King Institute of Preventive Medicine Micro-Biological Section reports 1912-19
Year: 1912
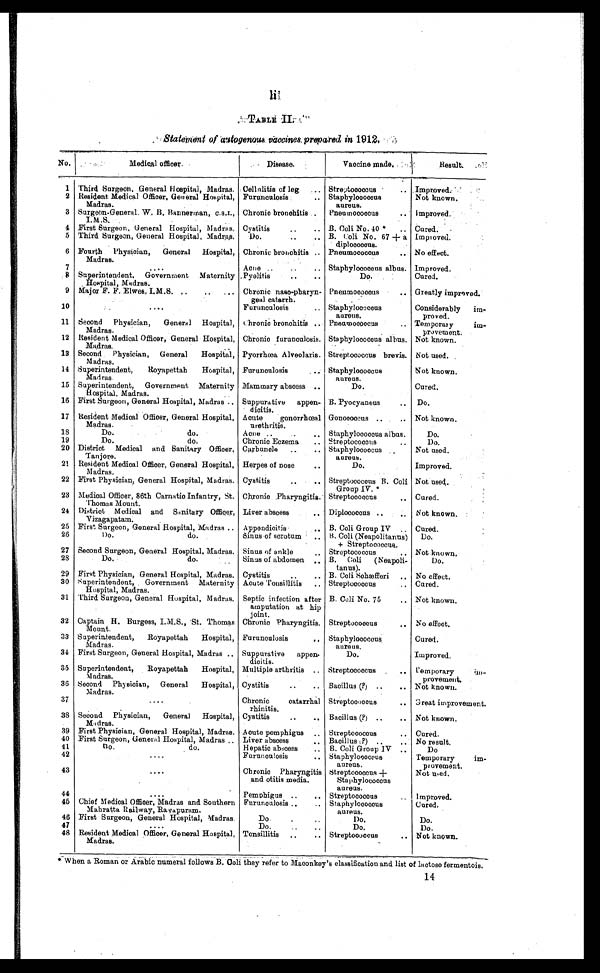
Statement of autogenous vaccines, prepared in 1912.
No.
Medical officer.
Disease.
Vaccine made.
Result.
1 Third Surgeon. General Hospital, Madras. Cellnlitis of leg . . . Streptococcus . . .
Improved.
Staphylococcus
aureus.
Not known.
2 Resident Medical Officer, General Hospital,
Madras.
Furunculosis . . .
Improved.
Pneumococcus . . .
3 Surgeon-General. W. B. Bannerman, C.S.I.,
I. M . S.
Chronic bronchitis . . .
Cystitis . . . B. Coli No. 40 * . . . Cured.
4 First Surgeon, General Hospital, Madras.
B. Coli No. 67 + a
diplococcus.
Improved.
5 Third Surgeon, General Hospital, Madras.
Do. . . .
6 Fourth Physician, General Hospital,
Madras.
Chronic bronchitis . . .
No effect.
Pneumococcus . . .
Improved.
Staphylococcus albus.
7
. . .
Acne . . .
Cured.
8
Pyelitis . . .
Do.
Superintendent. Government Maternity
Hospital, Madras.
Pneumococcus . . .
Greatly improved.
9 Major F. F. Elwes, I.M.S. . . . Chronic naso-pharyn-
geal catarrh.
S t a p h y l o c o c c u s
a u r e u s .
Considerably i m -
proved.
10
. . .
Furunculosis . . .
11 Second Physician, General Hospital,
Madras.
Chronic bronchitis . . . Pneumococcus . . .
Temporary
im-
provement.
12 Resident Medical Officer, General Hospital,
Madras.
Chronic furunculosis. Staphylococcus albus. Not known.
Streptococcus brevis. Not used.
13 Second Physician, General Hospital,
Madras.
Pyorrhœa Alveolaris.
Not known.
Staphylococcus
aureus.
14 Superintendent,
Royapettah
Hospital,
Madras.
Furunculosis . . .
Cured.
15 Superintendent, Government Maternity
Hospital. Madras.
Mammary abscess . . .
Do.
Do.
16 First Surgeon, General Hospital, Madras . . . Suppurative appen-
dicitis.
B. Pyocyaneus . . .
Not known.
17 Resident Medical Officer, General Hospital,
Madras.
Acute
gonorrhœal
urethritis.
Gonococcus . . .
Staphylococcus albus.
Do.
18
Do.
do.
Acne . . .
19
Do.
do.
Chronic Eczema . . . Streptococcus . . .
Do.
20 District Medical and Sanitary Officer.
Tanjore.
Carbuncle . . .
Staphylococcus
aureus.
Not used.
21 Resident Medical Officer, General Hospital,
Madras.
Herpes of nose . . .
Do.
Improved.
Not used.
22 First Physician, General Hospital, Madras. Cystitis . . .
Streptococcus B. Coli
Group IV. *
23 Medical Officer, 86th Carnatic Infantry, St.
Thomas Mount.
Chronic Pharyngitis.
Cured.
Streptococcus . . .
Not known.
24 District Medical and Sanitary Officer,
Vizagapatam.
Liver abscess . . .
Diplococcus . . .
Cured.
B. Coli Group IV . . .
25 First Surgeon, General Hospital, Madras . . . Appendicitis
B. Coli (Neapolitanus)
+ Streptococcus.
Do.
26
Do.
do.
Sinus of scrotum . . .
27 Second Surgeon, General Hospital, Madras. Sinus of ankle . . .
Streptococcus . . .
Not known.
B. Coli (Neapoli-
tanus).
Do.
28
Do.
do.
Sinus of abdomen . . .
29 First Physician, General Hospital, Madras. Cystitis . . .
No effect.
B. Coli Schæfferi . . .
30 Superintendent, Government Maternity
Hospital, Madras.
Acute Tonsillitis . . . Streptococcus
Cured.
B. Coli No. 75 . . .
Not known.
31 Third Surgeon, General Hospital, Madras. Septic infection after
amputation at hip
joint.
Streptococcus . . .
No effect.
32 Captain H. Burgess, I.M.S., St. Thomas
Mount.
Chronic Pharyngitis.
Staphylococcus.
aureus.
Cured.
Furunculosis . . .
33 Superintendent,
Royapettah Hospital,
Madras.
Improved.
34 First Surgeon, General Hospital, Madras . . . Suppurative appen-
dicitis.
Do.
35 Superintendent, Royapettah Hospital,
Madr as.
Multiple arthritis . . . Streptococcus
Temporary
im-
provement.
Bacillus (?) . . .
36 Second Physician, General Hospital,
Madras.
Cystitis . . .
Not known.
Great improvement.
Streptococcus . . .
37
. . .
Chronic
catarrhal
rhinitis.
Bacillus (?) . . .
Not known.
38 Second Physician, General Hospital,
Madras.
Cystitis . . .
Cured.
39 First Physician, General Hospital, Madras. Acute pemphigus . . . Streptococcus . . .
No result.
40 First Surgeon, General Hospital, Madras . . . Liver abscess . . . Bacillus (?) . . .
B. Coli Group IV . . .
Do
41
Do.
do.
Hepatic abscess . . .
42
. . .
Furunculosis . . . Staphylococcus
a u r e u s .
Temporary
im
-
provement.
Not used.
43
. . .
Chronic Pharyngitis
and otitis media.
Streptococcus +
Staphylococcus
aureus.
44
. . .
Pemphigus . . .
Improved.
Streptococcus . . .
45 Chief Medical Officer, Madras and Southern
Mahratta Railway, Rayapuram.
Furunculosis . . . Staphylococcus
aureus.
Cured.
46 First Surgeon, General Hospital, Madras.
Do. . . .
Do.
Do.
47
. . .
Do. . . .
Do.
Do.
48 Resident Medical Officer, General Hospital,
Madras.
Tonsillitis . . . Streptococcus . . . Not known.
* When a Roman or Arabic numeral follows B. Coli they refer to Maconkey's classification and list of lactose fermentois.
14